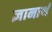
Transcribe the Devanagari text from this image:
ज्ञानार्थ